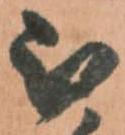
被